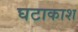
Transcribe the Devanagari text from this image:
घटाकाश